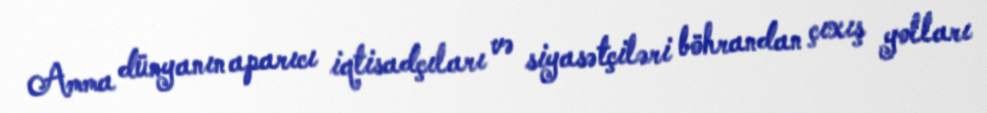
Amma dünyanın aparıcı iqtisadçıları və siyasətçiləri böhrandan çıxış yolları